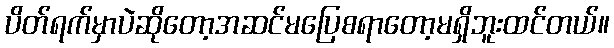
ပိတ်ရက်မှာပဲဆိုတော့အဆင်မပြေစရာတော့မရှိဘူးထင်တယ်။